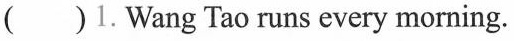
( ) 1. Wang Tao runs every morning.